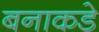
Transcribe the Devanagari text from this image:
बनाकडे